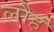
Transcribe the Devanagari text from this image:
लौहं